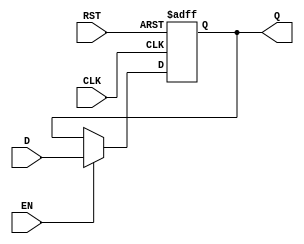
module stage_register #(
    parameter DATA_WIDTH = 8  // You can change this to your desired data width
) (
    input wire                  CLK,   // Clock signal
    input wire                  EN,    // Enable signal
    input wire                  RST,   // Reset signal
    input wire [DATA_WIDTH-1:0] D,    // Data input
    output reg [DATA_WIDTH-1:0] Q     // Data output
);

    // Always block to implement the sequential logic
    always @(posedge CLK or posedge RST) begin
        if (RST) begin
            Q <= {DATA_WIDTH{1'b0}};  // Reset output to zero
        end else if (EN) begin
            Q <= D;                   // Capture input data if EN is high
        end
        // If RST is low and EN is low, Q retains its previous value
    end

endmodule